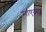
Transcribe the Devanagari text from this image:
माएदह